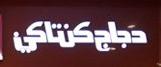
دباخ